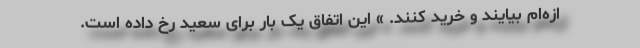
ازه‌ام بیایند و خرید کنند. » این اتفاق یک بار برای سعید رخ داده است.